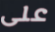
على